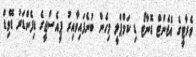
ވެރާޓީގެ އެޖެންޓް ޑޮނާޓޯ ޑި ކަމްޕްލީ މިހެން ބުނެފައިވާއިރު ޕީއެސްޖީގެ ޑިފެންޑަރު ޑޭވިޑް